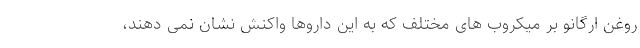
روغن اُرگانو بر میکروب های مختلف که به این داروها واکنش نشان نمی دهند،